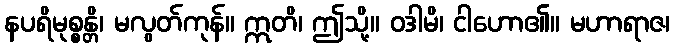
နပရိမုစ္စန္တိ၊ မလွတ်ကုန်။ ဣတိ၊ ဤသို့။ ဝဒါမိ၊ ငါဟော၏။ မဟာရာဇ၊